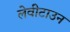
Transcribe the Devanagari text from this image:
लेवीटाउन